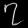
Digit: ၇